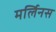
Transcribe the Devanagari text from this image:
मर्लिनस